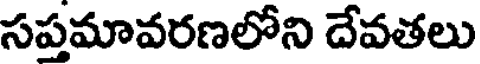
సప్రమావరణలోని దేవతలు